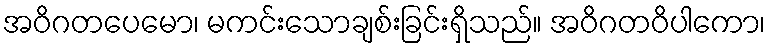
အဝိဂတပေမော၊ မကင်းသောချစ်းခြင်းရှိသည်။ အဝိဂတဝိပါကော၊